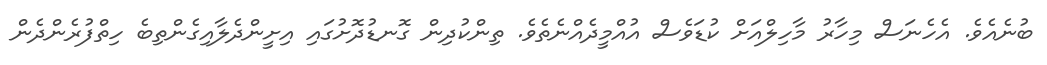
ބުނެއެވެ. އެހެނަސް މިހާރު މާހިލްއަށް ކުޑަވެސް އުއްމީދެއްނެތެވެ. ތިންކުދިން ގޮނޑުދޮށުގައި އިށީންދެލާއިގެންތިބެ ހިތްފުރެންދެން